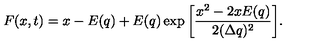
F ( x , t ) = x - E ( q ) + E ( q ) \exp { \left[ \frac { x ^ { 2 } - 2 x E ( q ) } { 2 ( \Delta q ) ^ { 2 } } \right] } .